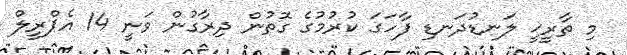
މި ތާރީޚީ ލަނޑުދަނޑި ފާހަގަ ކުރުމުގެ ގޮތުން ދިރާގުން ވަނީ 14 އެޕްރީލް